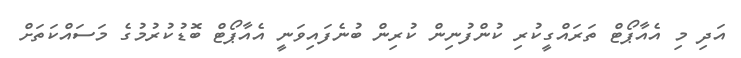
އަދި މި އެއާޕޯޓް ތަރައްގީކުރި ކުންފުނިން ކުރިން ބުނެފައިވަނީ އެއާޕޯޓް ބޮޑުކުރުމުގެ މަސައްކަތަށް